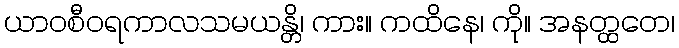
ယာဝစီဝရကာလသမယန္တိ၊ ကား။ ကထိနေ၊ ကို။ အနတ္ထတေ၊